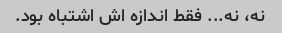
نه، نه... فقط اندازه اش اشتباه بود.